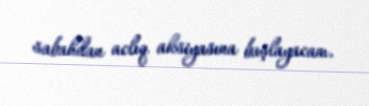
sabahdan aclıq aksiyasına başlayacam.